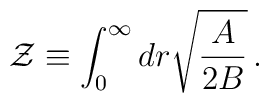
{\cal Z}\equiv \int^\infty_0 dr \sqrt{{A\over 2B}}\,.